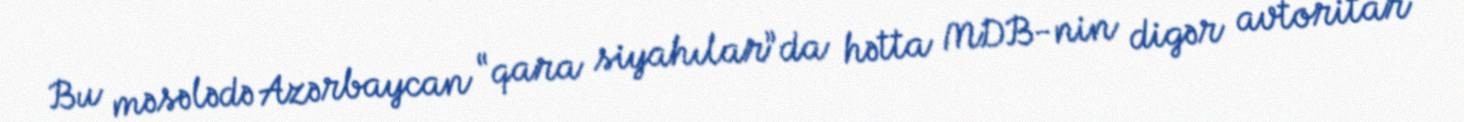
Bu məsələdə Azərbaycan “qara siyahılar”da hətta MDB-nin digər avtoritar